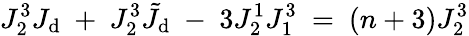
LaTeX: J_{2}^{3}J_{\mathrm{d}}\ +\ J_{2}^{3}\tilde{{J}}_{\mathrm{d}}\ -\ 3J_{2}^{1}J_{1}^{3}\ =\ (n+3)J_{2}^{3}